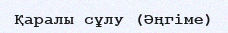
Қаралы сұлу (Әңгіме)